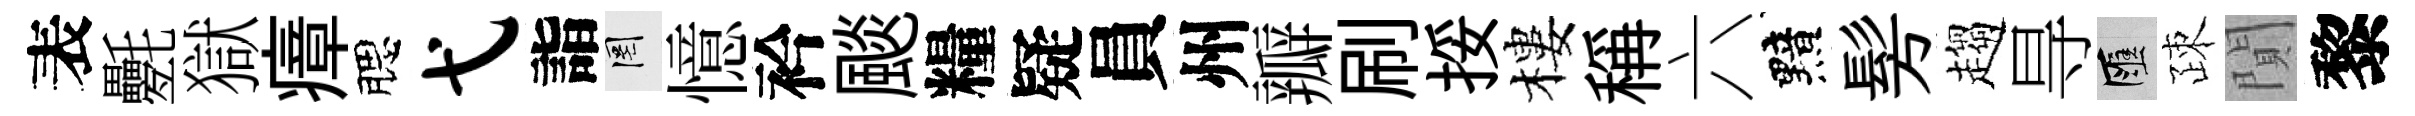
表氎獄瘴腮弋詣罔憶衿颷糧疑員州瓣刷挼樓稱六黯髣趨㝵匯疎閴黎